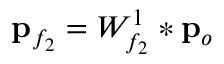
{ \bf p } _ { f _ { 2 } } = W _ { f _ { 2 } } ^ { 1 } * { \bf p } _ { o }